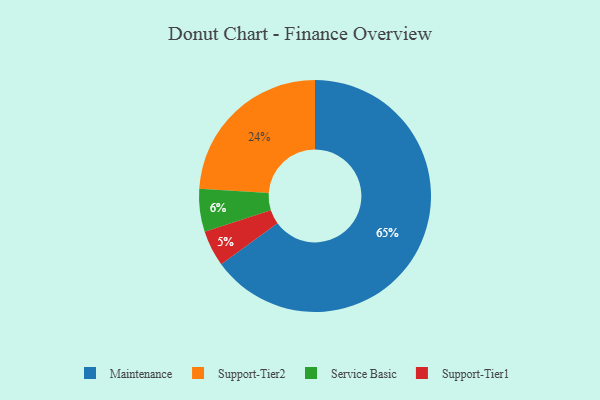
{"axis": {"x": "Category", "y": "Percentage"}, "legend": ["Maintenance", "Service Basic", "Support-Tier1", "Support-Tier2"], "data": [{"x": "Support-Tier2", "y": 24, "type": "Support-Tier2"}, {"x": "Support-Tier1", "y": 5, "type": "Support-Tier1"}, {"x": "Service Basic", "y": 6, "type": "Service Basic"}, {"x": "Maintenance", "y": 65, "type": "Maintenance"}]}